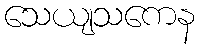
သေယျသကေန